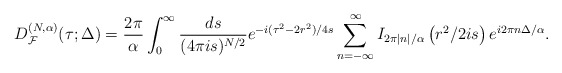
\begin{align*}D_{{\cal F}}^{(N, \alpha)}(\tau; \Delta)=\frac{2\pi }{\alpha} \int_{0}^{\infty}\frac{ds}{(4\pi i s)^{N/2}}e^{-i(\tau^{2}-2 r^{2})/4s}\sum_{n=-\infty}^{\infty}I_{2\pi |n|/\alpha}\left(r^{2}/2is \right)e^{i2\pi n\Delta/\alpha} .\end{align*}